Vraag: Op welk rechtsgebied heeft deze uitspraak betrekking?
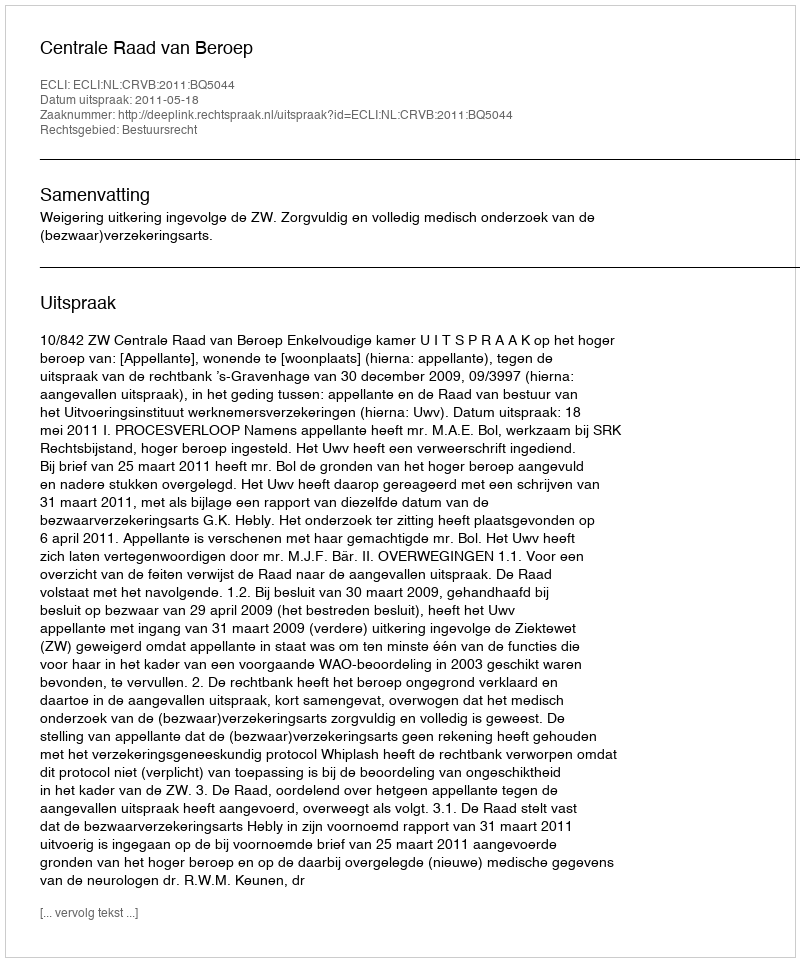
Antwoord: Bestuursrecht